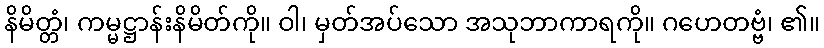
နိမိတ္တံ၊ ကမ္မဋ္ဌာန်းနိမိတ်ကို။ ဝါ၊ မှတ်အပ်သော အသုဘာကာရကို။ ဂဟေတဗ္ဗံ၊ ၏။